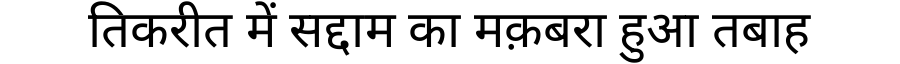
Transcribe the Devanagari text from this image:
तिकरीत में सद्दाम का मक़बरा हुआ तबाह